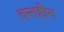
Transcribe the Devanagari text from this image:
दन्तहीन